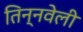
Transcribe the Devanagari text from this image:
तिन्नवेली